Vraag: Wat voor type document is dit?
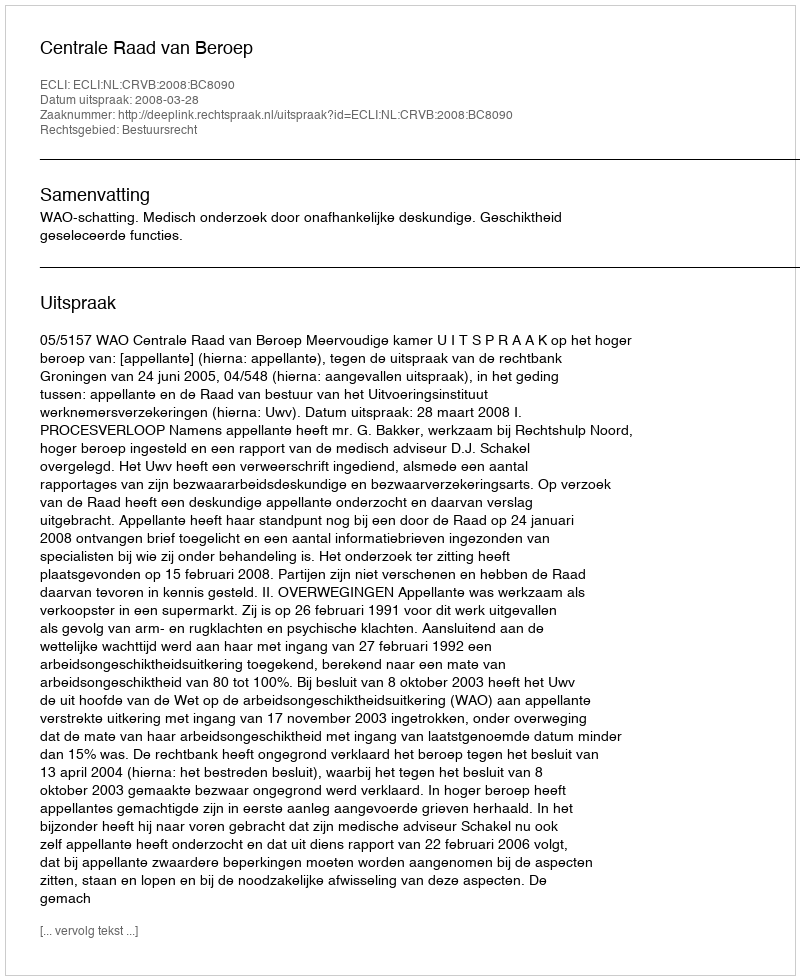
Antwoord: Uitspraak